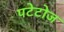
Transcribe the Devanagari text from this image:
पटेटोज